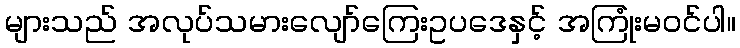
များသည် အလုပ်သမားလျော်ကြေးဥပဒေနှင့် အကြုံးမဝင်ပါ။